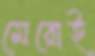
মেরোই